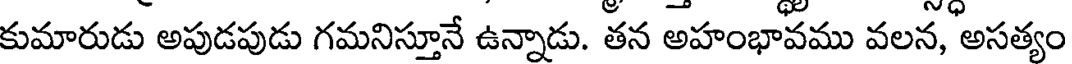
కుమారుడు అపుడపుడు గమనిస్తూనే ఉన్నాడు. తన అహంభావము వలన, అసత్యం